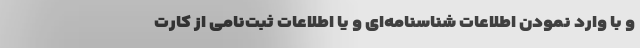
و با وارد نمودن اطلاعات شناسنامه‌ای و یا اطلاعات ثبت‌نامی از کارت